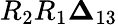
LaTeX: R_{2}R_{1}\boldsymbol{\Delta}_{13}